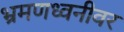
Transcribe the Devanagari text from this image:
भ्रमणध्वनीवर